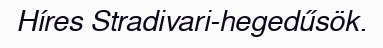
Híres Stradivari-hegedűsök.